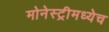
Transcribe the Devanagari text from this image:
मोनेस्ट्रीमध्येच